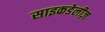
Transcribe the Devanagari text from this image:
साइकडेलीज़